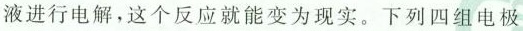
液进行电解，这个反应就能变为现实。下列四组电极